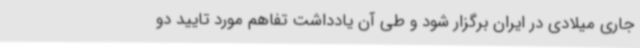
جاری میلادی در ایران برگزار شود و طی آن یادداشت تفاهم مورد تایید دو